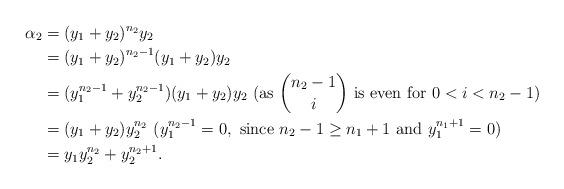
LaTeX: \begin{align*}\alpha_2 &= (y_1+y_2)^{n_2}y_2\\&= (y_1+y_2)^{n_2-1}(y_1+y_2)y_2 \\&= (y_1^{n_2-1}+y_2^{n_2-1})(y_1+y_2)y_2 ~(\mbox{as}~ \binom{n_2-1}{i} ~\mbox{is even for}~ 0<i<n_2-1) \\&= (y_1+y_2)y_2^{n_2} ~( y_1^{n_2-1}=0, ~ \mbox{since}~ n_2-1 \geq n_1+1 ~\mbox{and}~ y_1^{n_1+1}= 0) \\&= y_1y_2^{n_2}+ y_2^{n_2+1}. \end{align*}